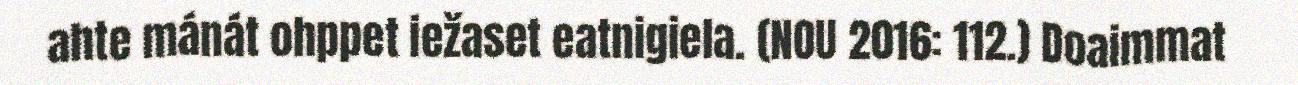
ahte mánát ohppet iežaset eatnigiela. (NOU 2016: 112.) Doaimmat